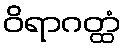
ဝိရာဂတ္ထံ